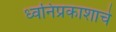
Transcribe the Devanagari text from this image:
ध्वनिप्रकाशाचे